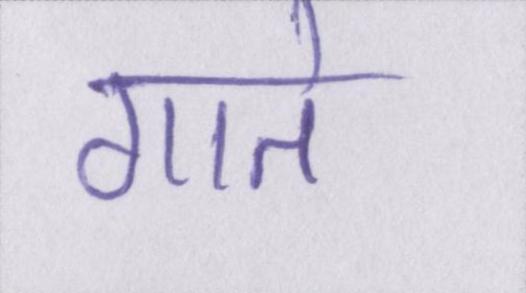
गाते